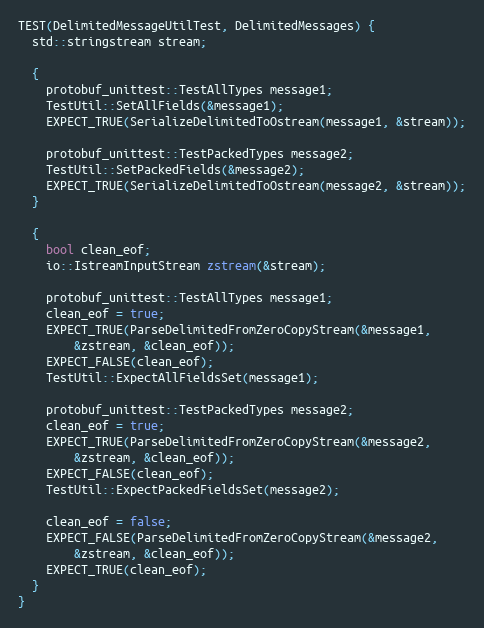
Language: C++
TEST(DelimitedMessageUtilTest, DelimitedMessages) {
  std::stringstream stream;

  {
    protobuf_unittest::TestAllTypes message1;
    TestUtil::SetAllFields(&message1);
    EXPECT_TRUE(SerializeDelimitedToOstream(message1, &stream));

    protobuf_unittest::TestPackedTypes message2;
    TestUtil::SetPackedFields(&message2);
    EXPECT_TRUE(SerializeDelimitedToOstream(message2, &stream));
  }

  {
    bool clean_eof;
    io::IstreamInputStream zstream(&stream);

    protobuf_unittest::TestAllTypes message1;
    clean_eof = true;
    EXPECT_TRUE(ParseDelimitedFromZeroCopyStream(&message1,
        &zstream, &clean_eof));
    EXPECT_FALSE(clean_eof);
    TestUtil::ExpectAllFieldsSet(message1);

    protobuf_unittest::TestPackedTypes message2;
    clean_eof = true;
    EXPECT_TRUE(ParseDelimitedFromZeroCopyStream(&message2,
        &zstream, &clean_eof));
    EXPECT_FALSE(clean_eof);
    TestUtil::ExpectPackedFieldsSet(message2);

    clean_eof = false;
    EXPECT_FALSE(ParseDelimitedFromZeroCopyStream(&message2,
        &zstream, &clean_eof));
    EXPECT_TRUE(clean_eof);
  }
}